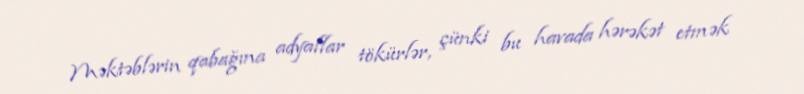
Məktəblərin qabağına adyallar tökürlər, çünki bu havada hərəkət etmək